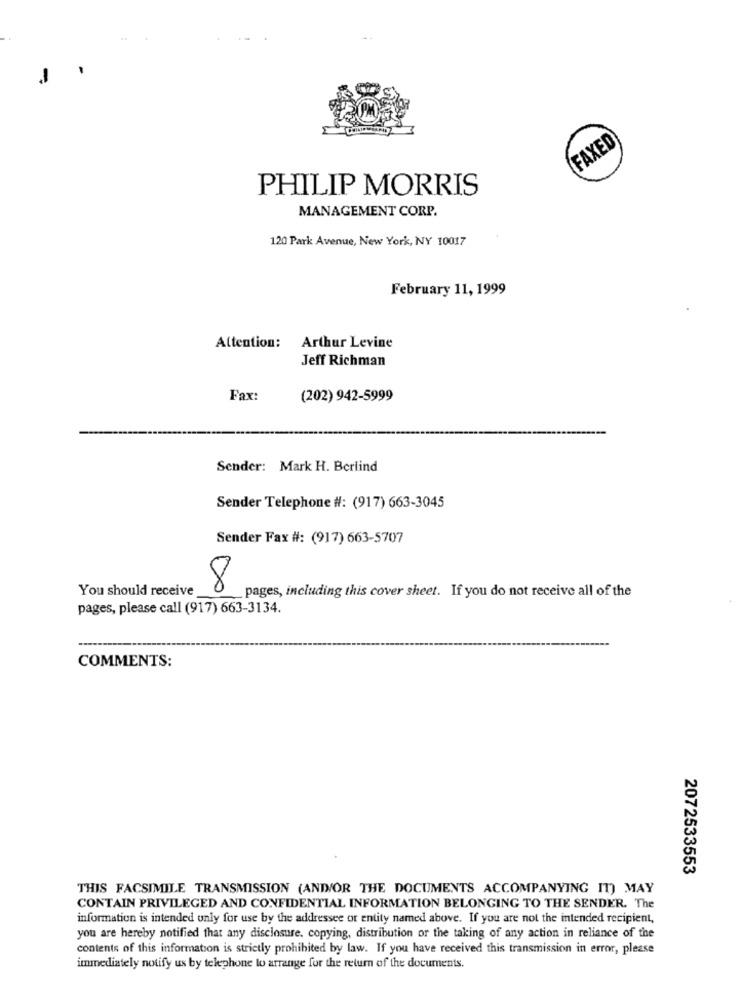
-
FAXED
PHILIP MORRIS
MANAGEMENT CORP.
120 Park Avenue, New York, NY 10017
February 11, 1999
Attention:
Arthur Levine
Jeff Richman
Fax:
(202) 942-5999
Sender: Mark H. Berlind
Sender Telephone #: (917) 663-3045
Sender Fax #: (917) 663-5707
You should receive
8
pages, including this cover sheet. If you do not receive all of the
pages, please call (917) 663-3134.
COMMENTS:
2072533553
THIS FACSIMILE TRANSMISSION (AND/OR THE DOCUMENTS ACCOMPANYING IT) MAY
CONTAIN PRIVILEGED AND CONFIDENTIAL INFORMATION BELONGING TO THE SENDER. The
information is intended only for use by the addressee or entity named above. If you are not the intended recipient,
you are hereby notified that any disclosure, copying, distribution or the taking of any action in reliance of the
contents of this information is strictly prohibited by law. If you have received this transmission in error, please
immediately notify us by telephone to arrange for the return of the documents.